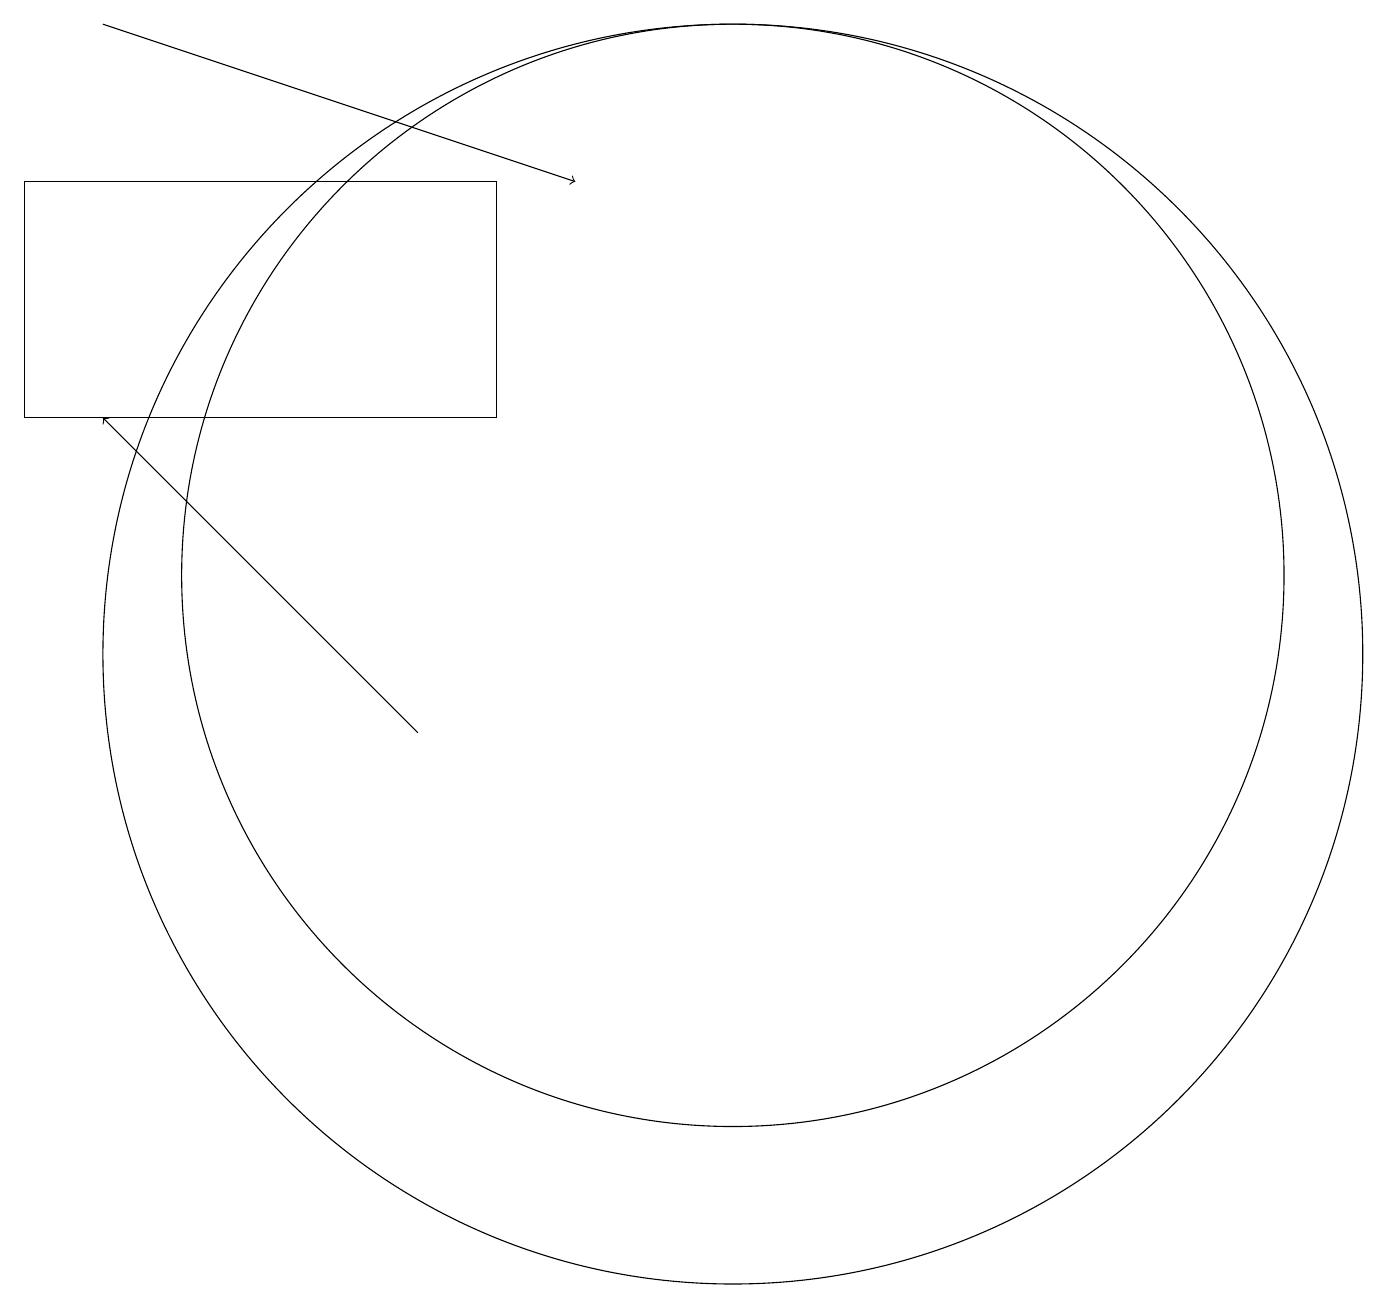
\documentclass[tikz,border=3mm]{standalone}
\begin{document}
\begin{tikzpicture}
\draw[->] (7,10) -- (3,14);
\draw[->] (3,19) -- (9,17);
\draw (11,12) circle (7);
\draw (8,14) rectangle (2,17);
\draw (11,11) circle (8);
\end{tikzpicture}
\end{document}